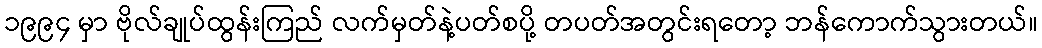
၁၉၉၄ မှာ ဗိုလ်ချုပ်ထွန်းကြည် လက်မှတ်နဲ့ပတ်စပို့ တပတ်အတွင်းရတော့ ဘန်ကောက်သွားတယ်။